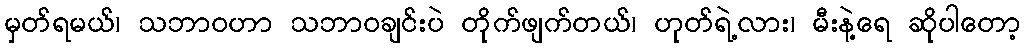
မှတ်ရမယ်၊ သဘာဝဟာ သဘာဝချင်းပဲ တိုက်ဖျက်တယ်၊ ဟုတ်ရဲ့လား၊ မီးနဲ့ရေ ဆိုပါတော့